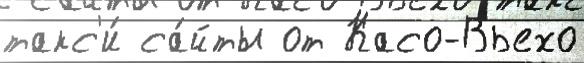
такс'и́ са́йты от Касо-Вьехо